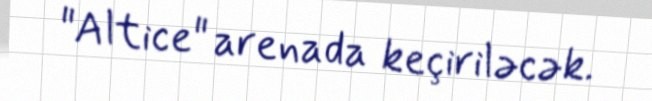
"Altice" arenada keçiriləcək.